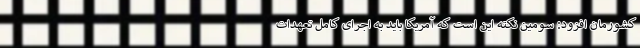
کشورمان افزود: سومین نکته این است که آمریکا باید به اجرای کامل تعهدات